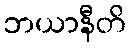
ဘယာနီတိ